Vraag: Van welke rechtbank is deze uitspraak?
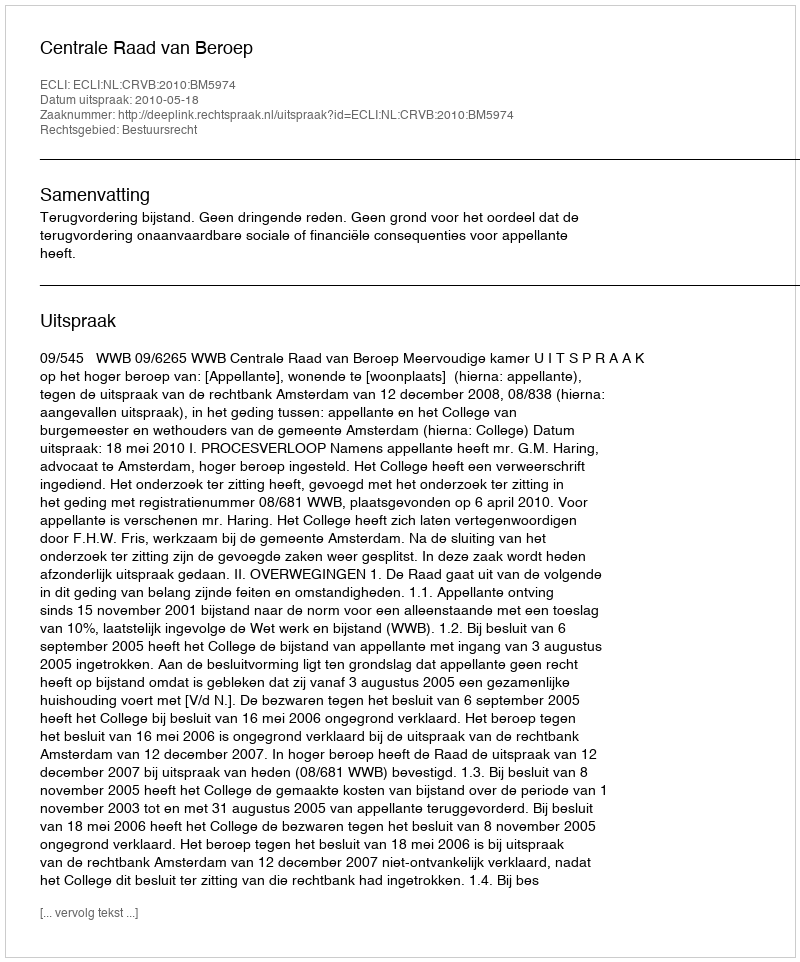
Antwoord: Centrale Raad van Beroep